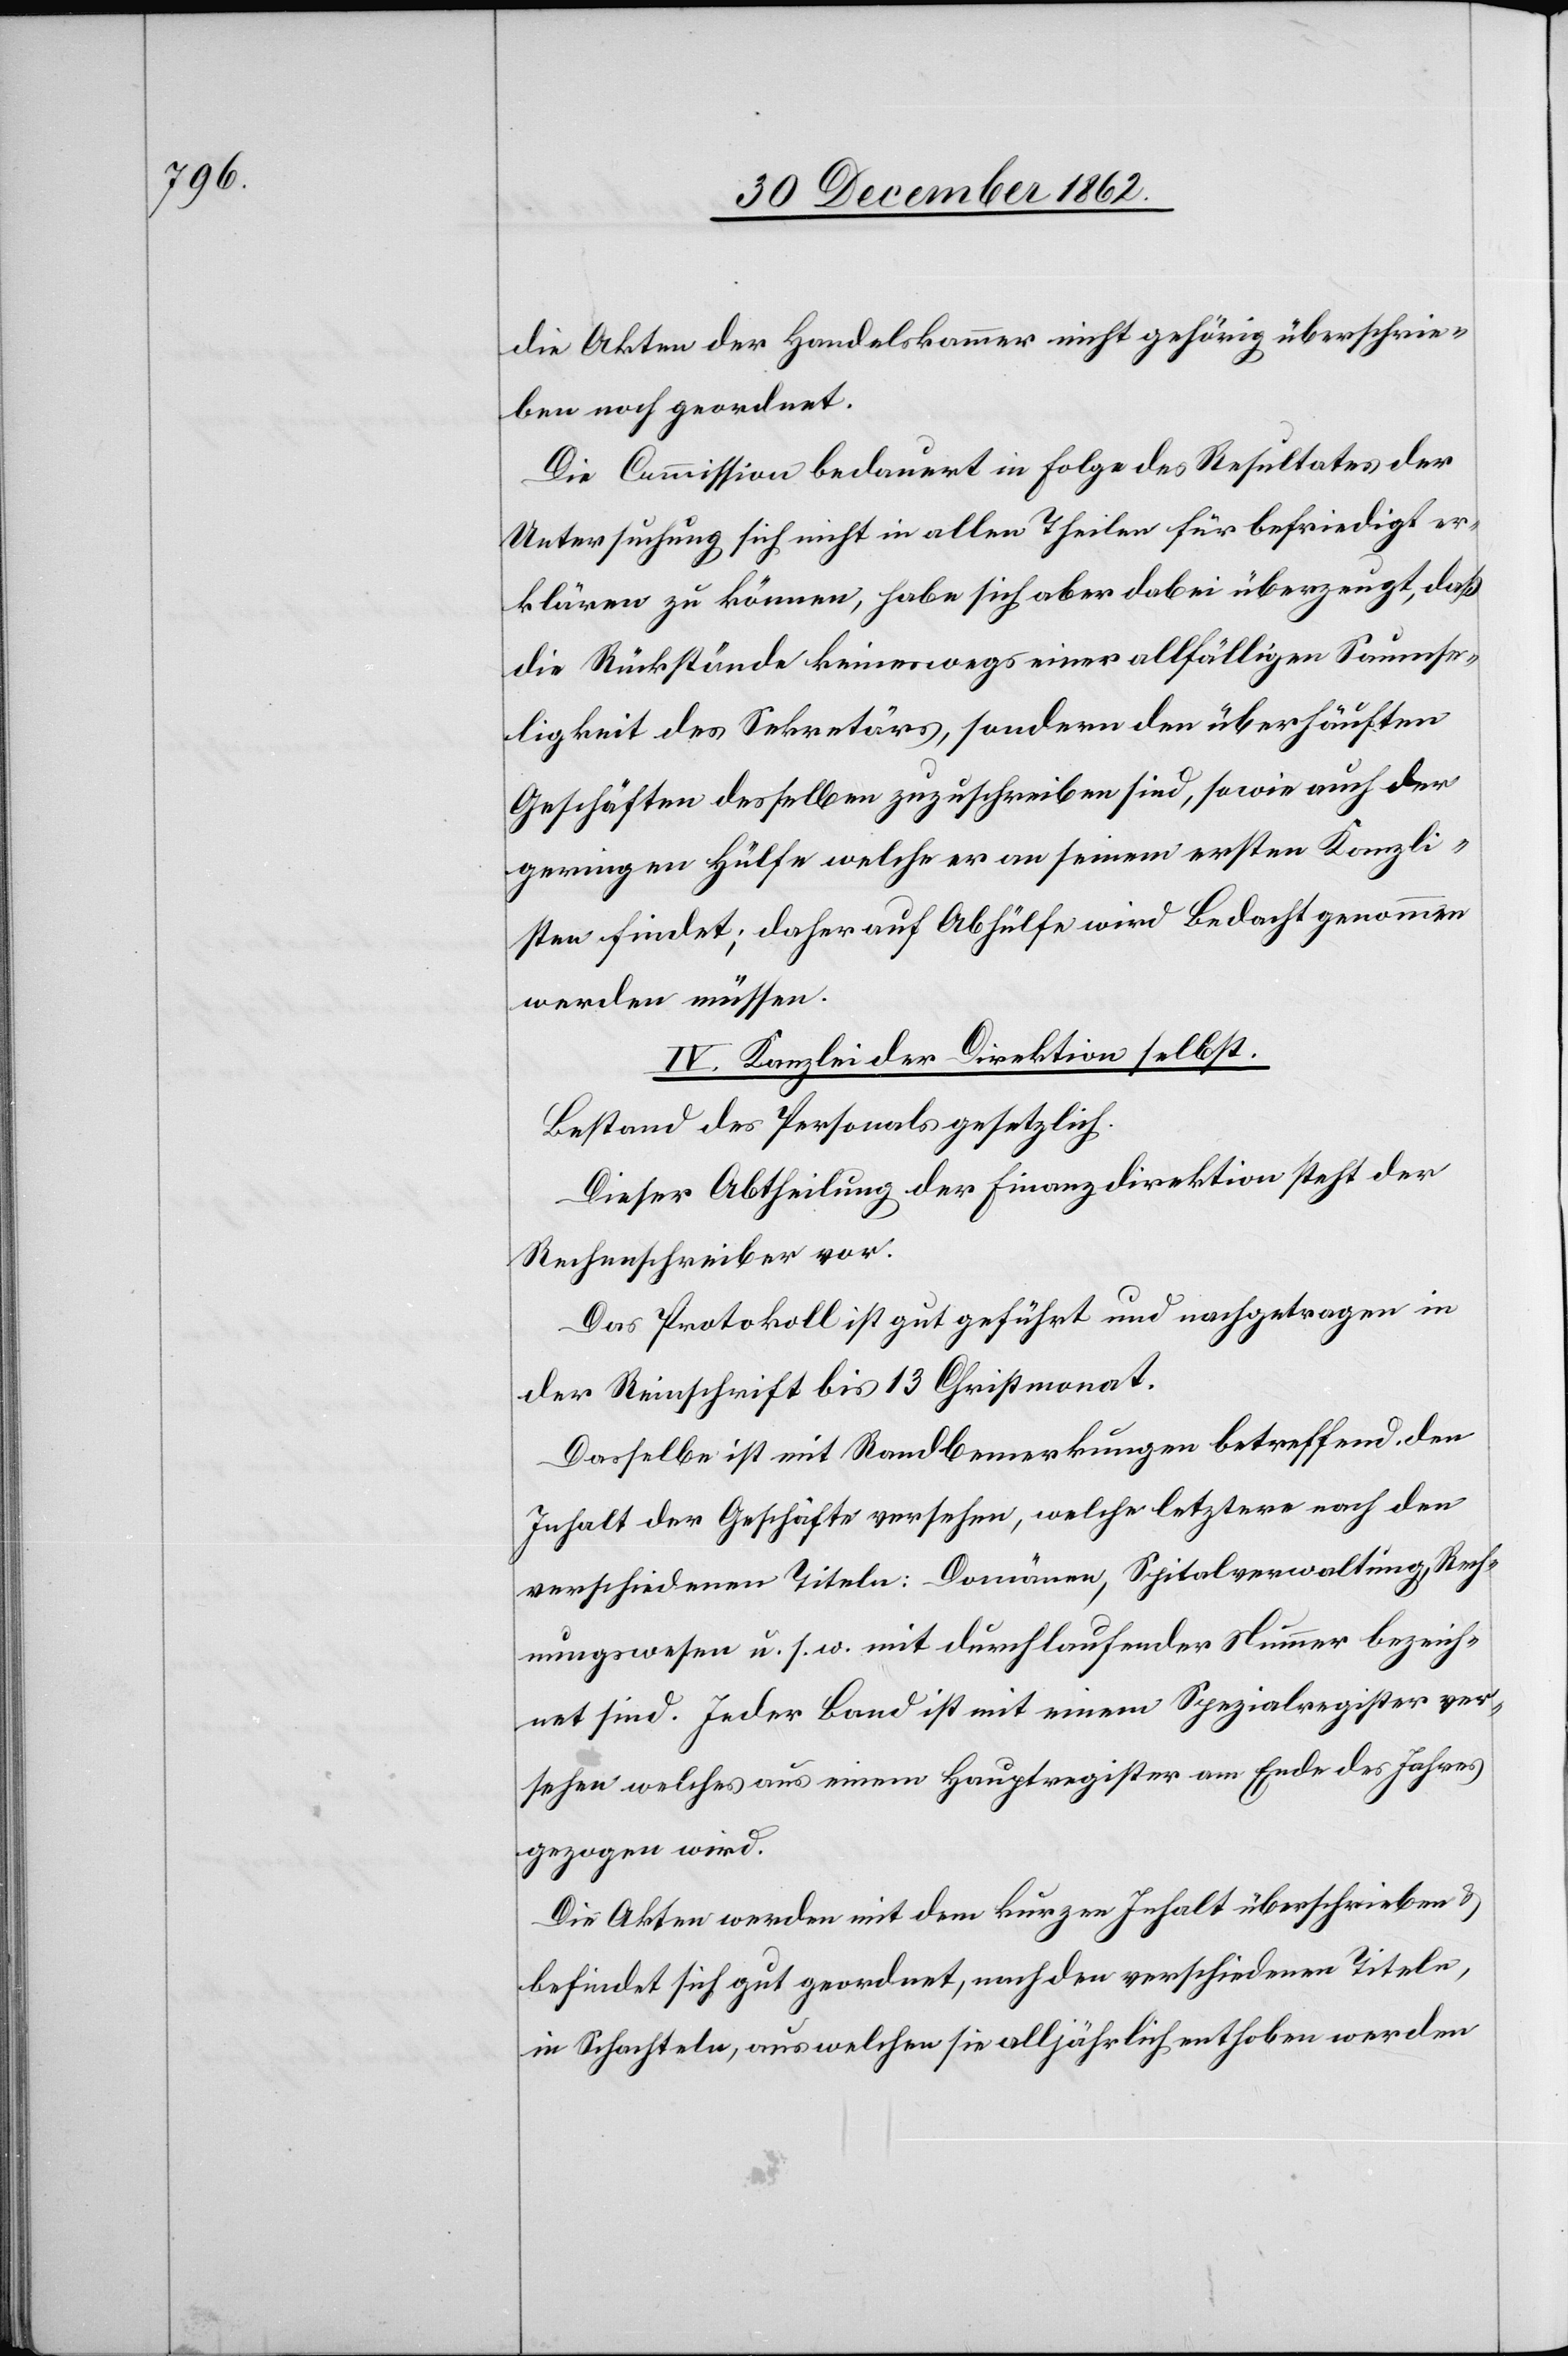
die Akten der Handelskammer nicht gehörig überschrie¬
ben noch geordnet.
Die Commission bedauert in Folge des Resultates der
Untersuchung sich nicht in allen Theilen für befriedigt er¬
klären zu könne, habe sich aber dabei überzeugt, daß
die Rückstände keineswegs einer allfälligen Saumse¬
ligkeit des Sekretärs, sondern den überhäuften
Geschäften desselben zuzuschreiben sind, sowie auch der
geringen Hülfe welche er an seinem ersten Kanzli¬
sten findet; daher auf Abhülfe wird Bedacht genommen
werden müssen.
IV. Kanzlei der Direktion selbst.
Bestand des Personals gesetzlich.
Dieser Abtheilung der Finanzdirektion steht der
Rechenschreiber vor.
Das Protokoll ist gut geführt und nachgetragen in
der Reinschrift bis 13. Christmonat.
Dasselbe ist mit Randbemerkungen betreffend den
Inhalt der Geschäfte versehen, welche letztere nach den
verschiedenen Titeln: Domänen, Spitalverwaltung, Rech¬
nungswesen u. s. w. mit durchlaufender Nummer bezeich¬
net sind. Jeder Band ist mit einem Spezialregister ver¬
sehen welches aus einem Hauptregister am Ende des Jahres
gezogen wird.
Die Akten werden mit dem kurzen Inhalt überschrieben u.
befindet sich gut geordnet, nach den verschiedenen Titeln,
in Schachteln, aus welchen sie alljährlich enthoben werden